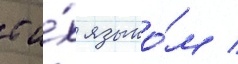
с и́х языко́м /